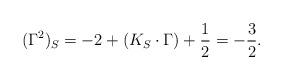
LaTeX: \begin{align*}(\Gamma^2)_S = -2 + (K_S \cdot \Gamma) + \frac{1}{2} = - \frac{3}{2}.\end{align*}